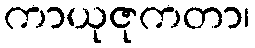
ကာယုဇုကတာ၊